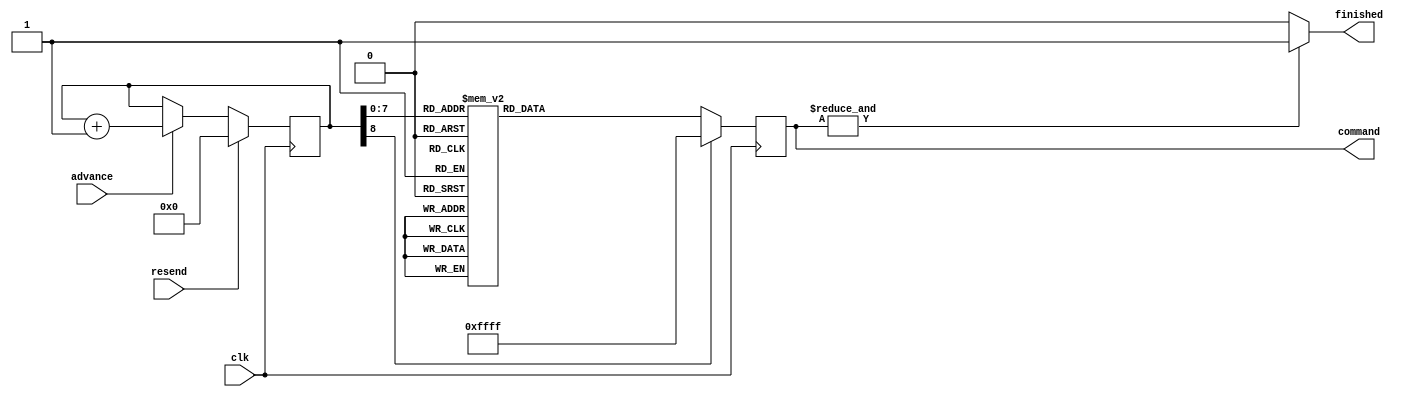
module OV2640_Registers (
  input clk,
  input resend,
  input advance,
  output [15:0] command,
  output finished
);

  // Internal signals
  reg [15:0] sreg;
  reg finished_temp;
  reg [8:0] address = 9'd0;

  // Assign values to outputs
  assign command = sreg;
  assign finished = finished_temp;

  // When register and value is FFFF
  // a flag is asserted indicating the configuration is finished
  always @(sreg) begin
    if (&sreg)
      finished_temp <= 1'b1;
    else
      finished_temp <= 1'b0;
  end
   
  // Get value out of the LUT
  always @(posedge clk) begin
    if (resend)       // reset the configuration
      address <= 9'd0;
    else if (advance) // Get the next value
      address <= address + 1'b1;
       
    case (address)
      000: sreg <= 16'hFF_01;
      001: sreg <= 16'h12_80;
      002: sreg <= 16'hFF_00;
      003: sreg <= 16'h2c_ff;
      004: sreg <= 16'h2e_df;
      005: sreg <= 16'hFF_01;
      006: sreg <= 16'h3c_32;
      007: sreg <= 16'h11_80; /* Set PCLK divider */
      008: sreg <= 16'h09_02; /* Output drive x2 */
      009: sreg <= 16'h04_28;
      010: sreg <= 16'h13_E5;
      011: sreg <= 16'h14_48;
      012: sreg <= 16'h15_00;//Invert VSYNC
      013: sreg <= 16'h2c_0c;
      014: sreg <= 16'h33_78;
      015: sreg <= 16'h3a_33;
      016: sreg <= 16'h3b_fb;
      017: sreg <= 16'h3e_00;
      018: sreg <= 16'h43_11;
      019: sreg <= 16'h16_10;
      020: sreg <= 16'h39_02;
      021: sreg <= 16'h35_88;
      022: sreg <= 16'h22_0a;
      023: sreg <= 16'h37_40;
      024: sreg <= 16'h23_00;
      025: sreg <= 16'h34_a0;
      026: sreg <= 16'h06_02;
      027: sreg <= 16'h06_88;
      028: sreg <= 16'h07_c0;
      029: sreg <= 16'h0d_b7;
      030: sreg <= 16'h0e_01;
      031: sreg <= 16'h4c_00;
      032: sreg <= 16'h4a_81;
      033: sreg <= 16'h21_99;
      034: sreg <= 16'h24_40;
      035: sreg <= 16'h25_38;
      036: sreg <= 16'h26_82; /* AGC/AEC fast mode operating region */	
      037: sreg <= 16'h48_00; /* Zoom control 2 MSBs */
      038: sreg <= 16'h49_00; /* Zoom control 8 MSBs */
      039: sreg <= 16'h5c_00;
      040: sreg <= 16'h63_00;
      041: sreg <= 16'h46_00;
      042: sreg <= 16'h47_00;
      043: sreg <= 16'h0C_3A; /* Set banding filter */
      044: sreg <= 16'h5D_55;
      045: sreg <= 16'h5E_7d;
      046: sreg <= 16'h5F_7d;
      047: sreg <= 16'h60_55;
      048: sreg <= 16'h61_70;
      049: sreg <= 16'h62_80;
      050: sreg <= 16'h7c_05;
      051: sreg <= 16'h20_80;
      052: sreg <= 16'h28_30;
      053: sreg <= 16'h6c_00;
      054: sreg <= 16'h6d_80;
      055: sreg <= 16'h6e_00;
      056: sreg <= 16'h70_02;
      057: sreg <= 16'h71_94;
      058: sreg <= 16'h73_c1;
      059: sreg <= 16'h3d_34;
      060: sreg <= 16'h5a_57;
      061: sreg <= 16'h4F_bb;
      062: sreg <= 16'h50_9c;
      063: sreg <= 16'hFF_00;
      064: sreg <= 16'he5_7f;
      065: sreg <= 16'hF9_C0;
      066: sreg <= 16'h41_24;
      067: sreg <= 16'hE0_14;
      068: sreg <= 16'h76_ff;
      069: sreg <= 16'h33_a0;
      070: sreg <= 16'h42_20;
      071: sreg <= 16'h43_18;
      072: sreg <= 16'h4c_00;
      073: sreg <= 16'h87_D0;
      074: sreg <= 16'h88_3f;
      075: sreg <= 16'hd7_03;
      076: sreg <= 16'hd9_10;
      077: sreg <= 16'hD3_82;
      078: sreg <= 16'hc8_08;
      079: sreg <= 16'hc9_80;
      080: sreg <= 16'h7C_00;
      081: sreg <= 16'h7D_00;
      082: sreg <= 16'h7C_03;
      083: sreg <= 16'h7D_48;
      084: sreg <= 16'h7D_48;
      085: sreg <= 16'h7C_08;
      086: sreg <= 16'h7D_20;
      087: sreg <= 16'h7D_10;
      088: sreg <= 16'h7D_0e;
      089: sreg <= 16'h90_00;
      090: sreg <= 16'h91_0e;
      091: sreg <= 16'h91_1a;
      092: sreg <= 16'h91_31;
      093: sreg <= 16'h91_5a;
      094: sreg <= 16'h91_69;
      095: sreg <= 16'h91_75;
      096: sreg <= 16'h91_7e;
      097: sreg <= 16'h91_88;
      098: sreg <= 16'h91_8f;
      099: sreg <= 16'h91_96;
      100: sreg <= 16'h91_a3;
      101: sreg <= 16'h91_af;
      102: sreg <= 16'h91_c4;
      103: sreg <= 16'h91_d7;
      104: sreg <= 16'h91_e8;
      105: sreg <= 16'h91_20;
      106: sreg <= 16'h92_00;
      107: sreg <= 16'h93_06;
      108: sreg <= 16'h93_e3;
      109: sreg <= 16'h93_03;
      110: sreg <= 16'h93_03;
      111: sreg <= 16'h93_00;
      112: sreg <= 16'h93_02;
      113: sreg <= 16'h93_00;
      114: sreg <= 16'h93_00;
      115: sreg <= 16'h93_00;
      116: sreg <= 16'h93_00;
      117: sreg <= 16'h93_00;
      118: sreg <= 16'h93_00;
      119: sreg <= 16'h93_00;
      120: sreg <= 16'h96_00;
      121: sreg <= 16'h97_08;
      122: sreg <= 16'h97_19;
      123: sreg <= 16'h97_02;
      124: sreg <= 16'h97_0c;
      125: sreg <= 16'h97_24;
      126: sreg <= 16'h97_30;
      127: sreg <= 16'h97_28;
      128: sreg <= 16'h97_26;
      129: sreg <= 16'h97_02;
      130: sreg <= 16'h97_98;
      131: sreg <= 16'h97_80;
      132: sreg <= 16'h97_00;
      133: sreg <= 16'h97_00;
      134: sreg <= 16'ha4_00;
      135: sreg <= 16'ha8_00;
      136: sreg <= 16'hc5_11;
      137: sreg <= 16'hc6_51;
      138: sreg <= 16'hbf_80;
      139: sreg <= 16'hc7_10;
      140: sreg <= 16'hb6_66;
      141: sreg <= 16'hb8_A5;
      142: sreg <= 16'hb7_64;
      143: sreg <= 16'hb9_7C;
      144: sreg <= 16'hb3_af;
      145: sreg <= 16'hb4_97;
      146: sreg <= 16'hb5_FF;
      147: sreg <= 16'hb0_C5;
      148: sreg <= 16'hb1_94;
      149: sreg <= 16'hb2_0f;
      150: sreg <= 16'hc4_5c;
      151: sreg <= 16'ha6_00;
      152: sreg <= 16'ha7_20;
      153: sreg <= 16'ha7_d8;
      154: sreg <= 16'ha7_1b;
      155: sreg <= 16'ha7_31;
      156: sreg <= 16'ha7_00;
      157: sreg <= 16'ha7_18;
      158: sreg <= 16'ha7_20;
      159: sreg <= 16'ha7_d8;
      160: sreg <= 16'ha7_19;
      161: sreg <= 16'ha7_31;
      162: sreg <= 16'ha7_00;
      163: sreg <= 16'ha7_18;
      164: sreg <= 16'ha7_20;
      165: sreg <= 16'ha7_d8;
      166: sreg <= 16'ha7_19;
      167: sreg <= 16'ha7_31;
      168: sreg <= 16'ha7_00;
      169: sreg <= 16'ha7_18;
      170: sreg <= 16'h7f_00;
      171: sreg <= 16'he5_1f;
      172: sreg <= 16'he1_77;
      173: sreg <= 16'hdd_7f;
      174: sreg <= 16'hC2_0E;
      175: sreg <= 16'hFF_01;
      176: sreg <= 16'hFF_00;
      177: sreg <= 16'hE0_04;
      178: sreg <= 16'hDA_40; //40:Y8  08:RGB565  04:RAW10  00:YUV422
      179: sreg <= 16'hD7_03;
      180: sreg <= 16'hE1_77;
      181: sreg <= 16'hE0_00;
      182: sreg <= 16'hFF_00;
      183: sreg <= 16'h05_01;
      184: sreg <= 16'h5A_A0; //(w>>2)&0xFF	//28:w=160 //A0:w=640 //C8:w=800
      185: sreg <= 16'h5B_78; //(h>>2)&0xFF	//1E:h=120 //78:h=480 //96:h=600
      186: sreg <= 16'h5C_00; //((h>>8)&0x04)|((w>>10)&0x03)		
      187: sreg <= 16'hFF_01;
      188: sreg <= 16'h11_80; //clkrc=0x83 for resolution <= SVGA		
      189: sreg <= 16'hFF_01;
      190: sreg <= 16'h12_40; /* DSP input image resoultion and window size control */
      191: sreg <= 16'h03_0A; /* UXGA=0x0F, SVGA=0x0A, CIF=0x06 */
      192: sreg <= 16'h32_09; /* UXGA=0x36, SVGA/CIF=0x09 */
      193: sreg <= 16'h17_11; /* UXGA=0x11, SVGA/CIF=0x11 */
      194: sreg <= 16'h18_43; /* UXGA=0x75, SVGA/CIF=0x43 */
      195: sreg <= 16'h19_00; /* UXGA=0x01, SVGA/CIF=0x00 */
      196: sreg <= 16'h1A_4b; /* UXGA=0x97, SVGA/CIF=0x4b */
      197: sreg <= 16'h3d_38; /* UXGA=0x34, SVGA/CIF=0x38 */
      198: sreg <= 16'h35_da;
      199: sreg <= 16'h22_1a;
      200: sreg <= 16'h37_c3;
      201: sreg <= 16'h34_c0;
      202: sreg <= 16'h06_88;
      203: sreg <= 16'h0d_87;
      204: sreg <= 16'h0e_41;
      205: sreg <= 16'h42_03;
      206: sreg <= 16'hFF_00; /* Set DSP input image size and offset. The sensor output image can be scaled with OUTW/OUTH */
      207: sreg <= 16'h05_01;
      208: sreg <= 16'hE0_04;
      209: sreg <= 16'hC0_64; /* Image Horizontal Size 0x51[10:3] */  //11_0010_0000 = 800
      210: sreg <= 16'hC1_4B; /* Image Vertical Size 0x52[10:3] */    //10_0101_1000 = 600   
      211: sreg <= 16'h8C_00; /* {0x51[11], 0x51[2:0], 0x52[2:0]} */
      212: sreg <= 16'h53_00; /* OFFSET_X[7:0] */
      213: sreg <= 16'h54_00; /* OFFSET_Y[7:0] */
      214: sreg <= 16'h51_C8; /* H_SIZE[7:0]= 0x51/4 */ //200
      215: sreg <= 16'h52_96; /* V_SIZE[7:0]= 0x52/4 */ //150       
      216: sreg <= 16'h55_00; /* V_SIZE[8]/OFFSET_Y[10:8]/H_SIZE[8]/OFFSET_X[10:8] */
      217: sreg <= 16'h57_00; /* H_SIZE[9] */
      218: sreg <= 16'h86_3D;
      219: sreg <= 16'h50_80; /* H_DIVIDER/V_DIVIDER */        
      220: sreg <= 16'hD3_80; /* DVP prescalar */
      221: sreg <= 16'h05_00;
      222: sreg <= 16'hE0_00;
      223: sreg <= 16'hFF_00;
      224: sreg <= 16'h05_00;
      225: sreg <= 16'hFF_00;
      226: sreg <= 16'hE0_04;
      227: sreg <= 16'hDA_04; //08:RGB565  04:RAW10
      228: sreg <= 16'hD7_03;
      229: sreg <= 16'hE1_77;
      230: sreg <= 16'hE0_00;
      default: sreg <= 16'hFF_FF; // End configuration
    endcase
  end

endmodule